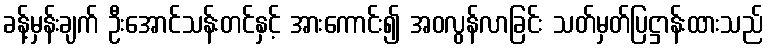
ခန့်မှန်းချက် ဦးအောင်သန်းတင်နှင့် အားကောင်း၍ အဝလွန်လာခြင်း သတ်မှတ်ပြဋ္ဌာန်းထားသည်